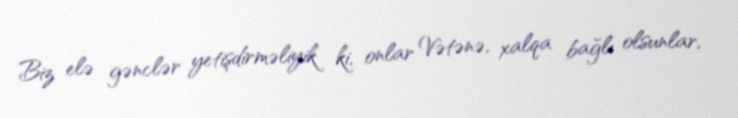
Biz elə gənclər yetişdirməliyik ki, onlar Vətənə, xalqa bağlı olsunlar,